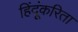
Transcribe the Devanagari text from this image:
हिंदूंकरिता